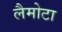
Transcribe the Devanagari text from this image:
लैमोटा